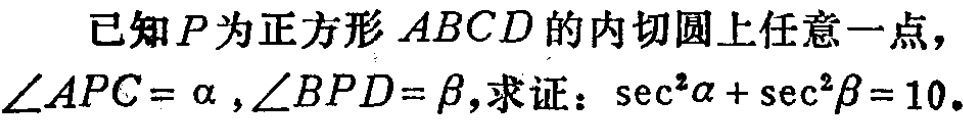
已知\(P\)为正方形\(ABCD\)的内切圆上任意一点，\(\angle APC = \alpha\)，\(\angle BPD = \beta\)，求证：\(\sec^{2}\alpha+\sec^{2}\beta = 10\)。